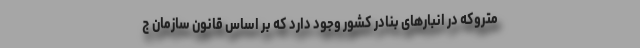
متروکه در انبارهای بنادر کشور وجود دارد که بر اساس قانون سازمان ج